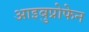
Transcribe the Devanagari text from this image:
आइबुप्रोफेन